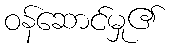
ဝန်ဆောင်မှု၏